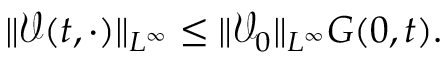
\| \mathcal { V } ( t , \cdot ) \| _ { L ^ { \infty } } \leq \| \mathcal { V } _ { 0 } \| _ { L ^ { \infty } } G ( 0 , t ) .